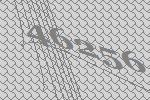
46256